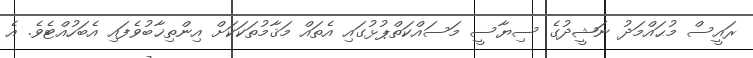
ރައީސް މުޙައްމަދު ނަޝީދުގެ ސިޔާސީ މަސައްކަތްޕުޅުގައި އެތައް މަޤާމުތަކަކަށް އިންތިޚާބުވެފައި އެބަހުއްޓެވެ. އެ